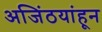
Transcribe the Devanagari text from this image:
अजिंठयांहून